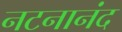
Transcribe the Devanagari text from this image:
नटनानंद